Senior Leaving Certificate Examination (including Day School Certificate (Higher) General paper), 1949
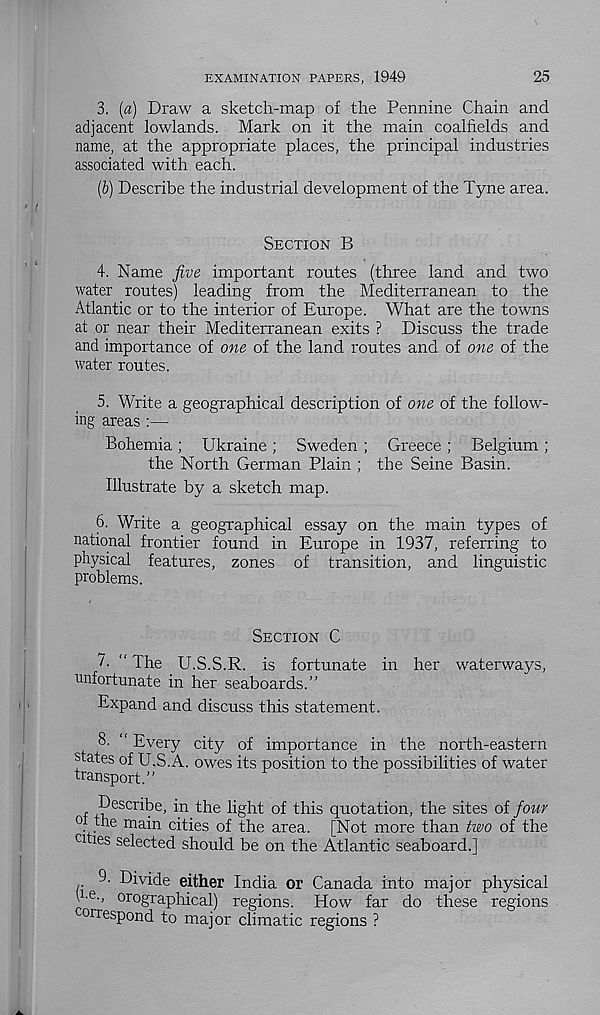
EXAMINATION PAPERS, 1949
25
3.
(a) Draw a sketch-map of the
adjacent lowlands. Mark on it the main coalfields and
name, at the appropriate places, the principal industries
associated with each.
(b) Describe the industrial development of the Tyne area.
SECTION B
4. Name five important routes (three land and two
water routes) leading from the Mediterranean to the
Atlantic or to the interior of Europe. What are the towns
at or near their Mediterranean exits ? Discuss the trade
and importance of one of the land routes and of one of the
water routes.
5. Write a geographical description of one of the follow-
ing areas :—
Bohemia; Ukraine; Sweden ; Greece ; Belgium ;
the North German Plain ; the Seine Basin.
Illustrate by a sketch map.
6. Write a geographical essay on the main types of
national frontier found in Europe in 1937, referring to
physical features, zones of transition, and linguistic
problems.
SECTION C
7. “ The _ U.S.S.R. is fortunate in her waterways,
unfortunate in her seaboards.”
Expand and discuss this statement.
8. ‘ Every city of importance in the north-eastern
states of U.S.A. owes its position to the possibilities of water
transport.”
Describe, in the light of this quotation, the sites of four
°t the main cities of the area. [Not more than two of the
cities selected should be on the Atlantic seaboard.]
9. Divide either India or Canada into major physical
U-c., orographical) regions. How far do these regions
°rrespond to major climatic regions ?